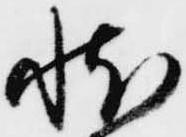
状